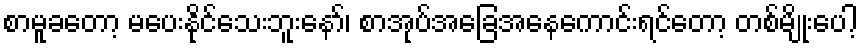
စာမူခတော့ မပေးနိုင်သေးဘူးနော်၊ စာအုပ်အခြေအနေကောင်းရင်တော့ တစ်မျိုးပေါ့